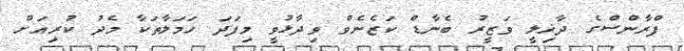
ފްރާންސްގެ ދާޚިލީ ވަޒީރު ބެނާޑް ކަޒެނެވް ވިދާޅުވީ މިފަދަ ހަމަލާތަކާ މެދު ކުރިއަށް